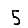
Digit: 5